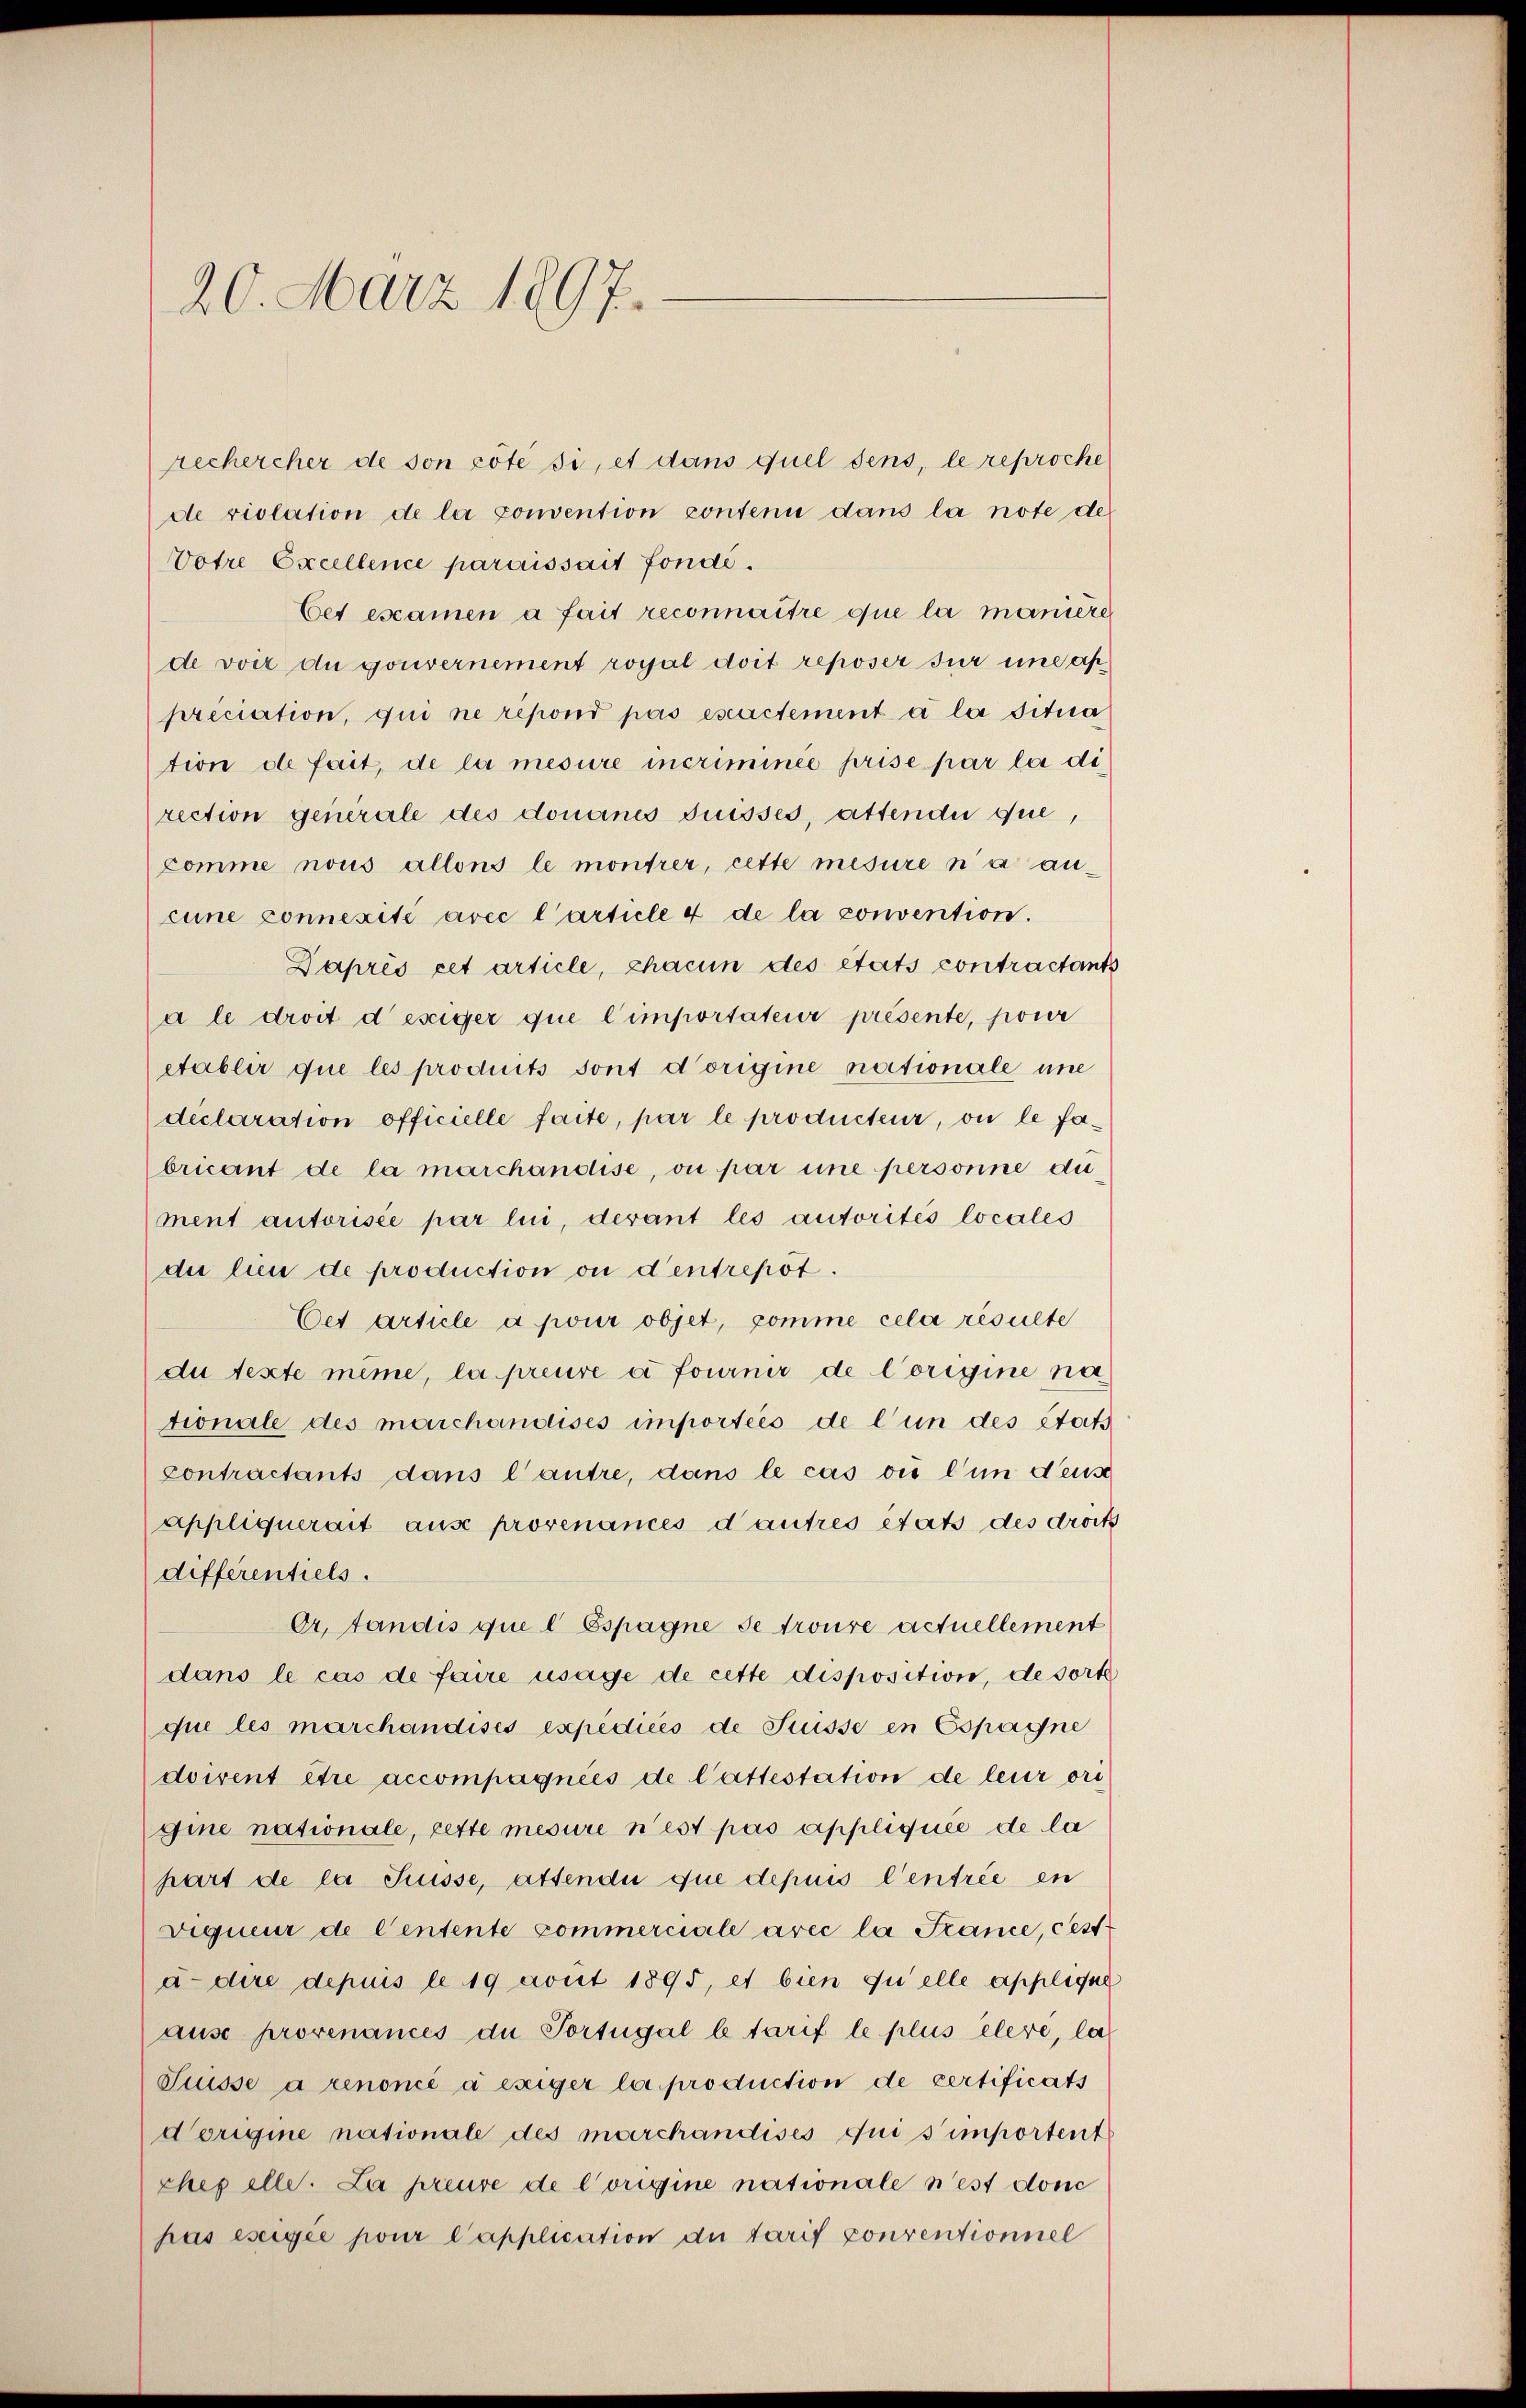
20. März 1897.

Votre Excellence paraissait fondé.
tion de fait, de la mesure incriminee prise par la di
rection generale des donanes disses, attendii que,
comme nous allons le montrer, cette mesure n’a ancune connexite avec l’article 4 de la convention.
Daprès cet article, chacun des états contractants
a le droit desiger que l’importateur présente, pour
etablir que les produits sont d’origine nationale une
déclaration officielle faite, par le producteur, ou le fabricant de la marchandise, ou par une personne dument autorisée par lui, derant les autorités locales
die lieu de production ou d’entrepöt.
Cet Article a pour objet, pomme cela résulte
du texte même, la preuve à fournir de l’origine na
tionale des marchandises importées de l’un des Etats
contractants dans l’autre, dans le cas ou l’un dens
Appliquerait aus provenances d’autres états des droits
différentiels.
Or, fandis que l Espagne se troure actuellement
dans le cas de faire usage de cette disposition, de sorte
que les marchandises expédicés de Suisse in Espagne
doivent être accompagnées de l’attestation de leur ori
gine nationale, cette mesure n’est pas appliquée de la
hart de la Trüsse, attendii que depuis l’entrée en
viqueur de Centente commerciale avec la France, cess
a. dere depuis le 19 avrit 1895, et bien quelle applique
ause provenances de Portugal l tarif le plus élere, la
Suisse à renoncé a exiger la production de certificats
Vorigine nationale des marchandises qui simportent
chef elle. La preuve de l’origine nationale n’est donc
pas eseiger pour l’application an Tarif conventionnel

rechercher de son côté si, et dans quel dens, le reproche
de violation de la convention contenu dans la note de
Cet escamen a fait reconnaître que la maniere
de voix du gouvernement royal doit reposer für incap
preciation, qui ne répond pas exactement a la situa